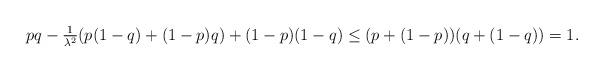
LaTeX: \begin{align*}pq-\tfrac{1}{\lambda^2}(p(1-q)+(1-p)q)+(1-p)(1-q) \le (p + (1-p))(q+(1-q)) = 1.\end{align*}